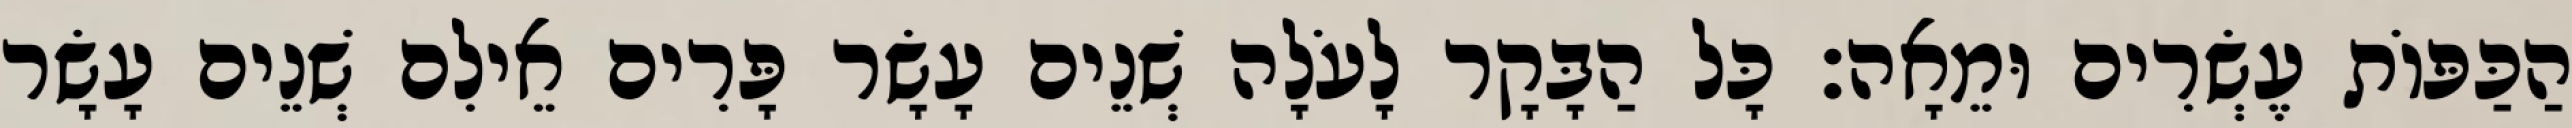
הַכַּפּוֹת עֶשְׂרִים וּמֵאָה׃ כָּל הַבָּקָר לָעֹלָה שְׁנֵים עָשָׂר פָּרִים אֵילִם שְׁנֵים עָשָׂר